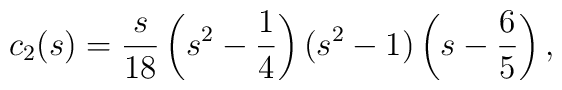
c_2(s)=\frac{s}{18}\left(s^2-\frac{1}{4}\right)(s^2-1)\left(s-\frac{6}{5}\right){,}